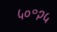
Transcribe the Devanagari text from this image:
५०॰२५